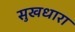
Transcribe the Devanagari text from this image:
सुखधारा